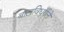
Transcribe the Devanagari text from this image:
बालविधुर्गले